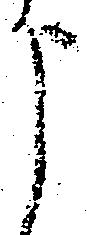
う